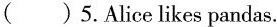
( ) 5.Alice likes pandas.